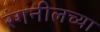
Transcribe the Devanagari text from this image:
रंगनीलच्या